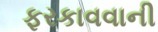
ફરકાવવાની